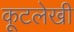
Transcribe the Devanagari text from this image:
कूटलेखी